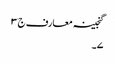
گنجینہ معارف ج ٣
٧۔